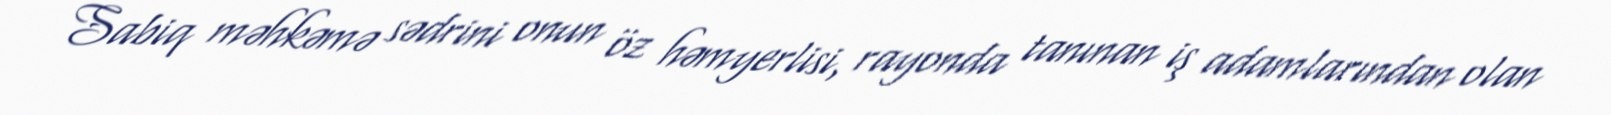
Sabiq məhkəmə sədrini onun öz həmyerlisi, rayonda tanınan iş adamlarından olan